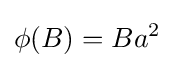
\phi (B)=Ba^{2}